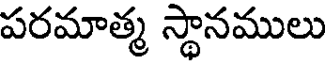
పరమాత్మ స్థానములు